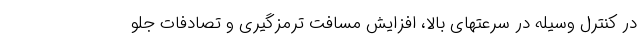
در کنترل وسیله در سرعتهای بالا، افزایش مسافت ترمزگیری و تصادفات جلو